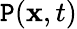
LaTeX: \mathtt{P}(\mathbf{{x}},t)